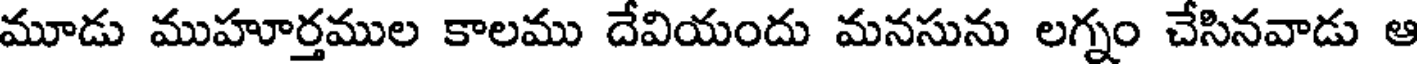
మూడు ముహూర్తముల కాలము దేవియందు మనసును లగ్నం చేసినవాడు ఆ